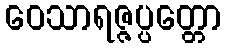
ဝေသာရဇ္ဇပ္ပတ္တော